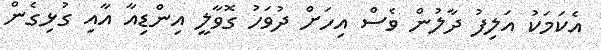
އެކަމަކު އަލިފު ދާލުން ވެސް އިހަށް ދުވަހު ގޮވާލީ އިންޑިއާ އާއި ގުޅިގެން